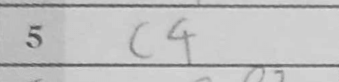
Transcription: c4